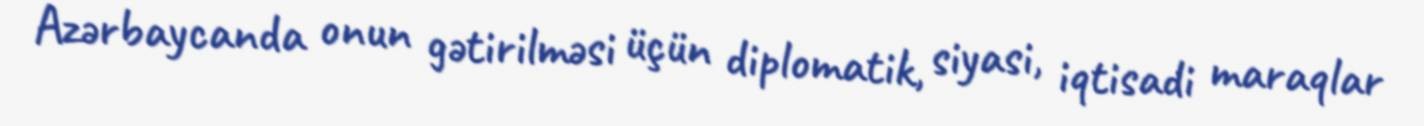
Azərbaycanda onun gətirilməsi üçün diplomatik, siyasi, iqtisadi maraqlar